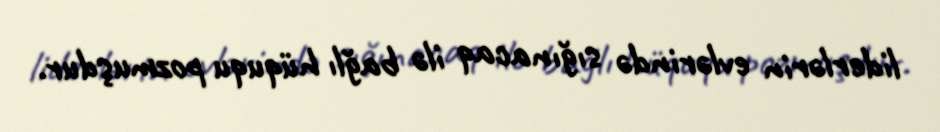
liderlərin evlərində sığınacaq ilə bağlı hüququ pozmuşdur.